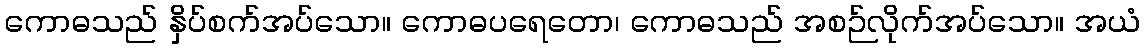
ကောဓသည် နှိပ်စက်အပ်သော။ ကောဓပရေတော၊ ကောဓသည် အစဉ်လိုက်အပ်သော။ အယံ